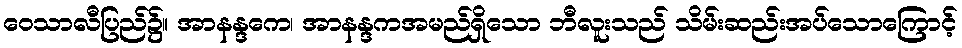
ဝေသာလီပြည်၌။ အာနန္ဒကေ၊ အာနန္ဒကအမည်ရှိသော ဘီလူးသည် သိမ်းဆည်းအပ်သောကြောင့်